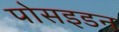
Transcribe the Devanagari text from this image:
पोसइडन